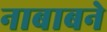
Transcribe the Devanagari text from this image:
नाबाबने